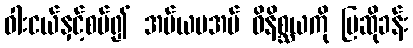
ဓါးငယ်နှင့်စပ်၍ အပ်ယမအပ် ဝိနိစ္ဆယကို ပြဆိုခန်း